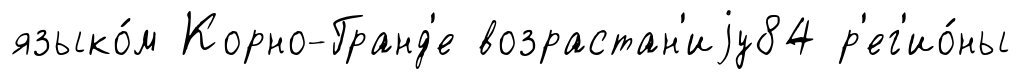
языко́м Корно-Гранд'е возрастан'иjу84 р'ег'ио́ны